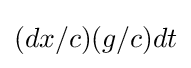
(dx/c)(g/c)dt